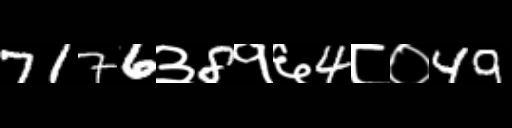
Text: 7176३8१६4८०49